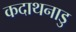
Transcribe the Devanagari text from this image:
कदाथनाडु